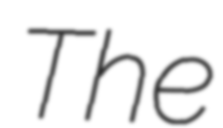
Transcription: The